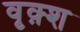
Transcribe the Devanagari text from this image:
वृक़्श